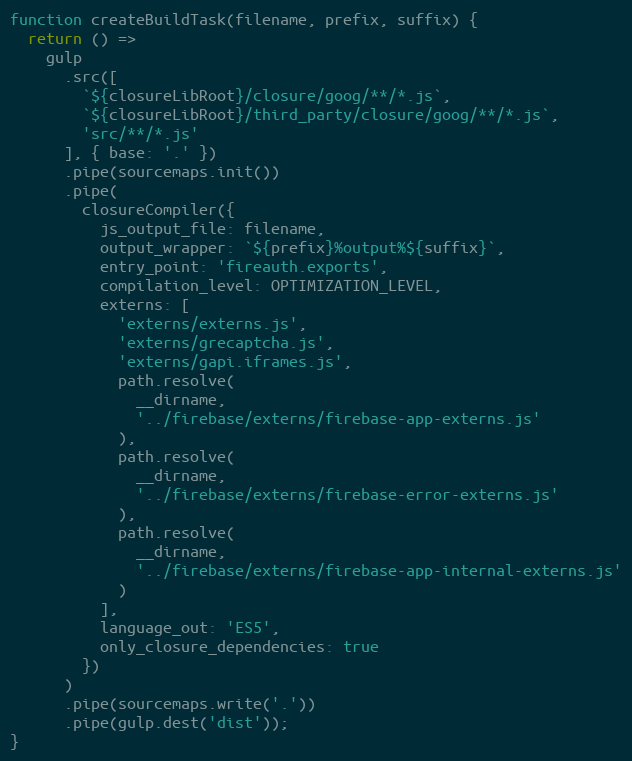
Language: JavaScript
function createBuildTask(filename, prefix, suffix) {
  return () =>
    gulp
      .src([
        `${closureLibRoot}/closure/goog/**/*.js`,
        `${closureLibRoot}/third_party/closure/goog/**/*.js`,
        'src/**/*.js'
      ], { base: '.' })
      .pipe(sourcemaps.init())
      .pipe(
        closureCompiler({
          js_output_file: filename,
          output_wrapper: `${prefix}%output%${suffix}`,
          entry_point: 'fireauth.exports',
          compilation_level: OPTIMIZATION_LEVEL,
          externs: [
            'externs/externs.js',
            'externs/grecaptcha.js',
            'externs/gapi.iframes.js',
            path.resolve(
              __dirname,
              '../firebase/externs/firebase-app-externs.js'
            ),
            path.resolve(
              __dirname,
              '../firebase/externs/firebase-error-externs.js'
            ),
            path.resolve(
              __dirname,
              '../firebase/externs/firebase-app-internal-externs.js'
            )
          ],
          language_out: 'ES5',
          only_closure_dependencies: true
        })
      )
      .pipe(sourcemaps.write('.'))
      .pipe(gulp.dest('dist'));
}